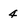
Character: 4